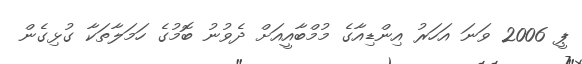
ޕީ 2006 ވަނަ އަހަރު އިންޑިއާގެ މުމްބާއީއަށް ދެވުނު ބޮމުގެ ހަމަލާތަކާ ގުޅިގެން